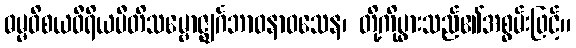
ဓမ္မဝိစယဝီရိယပီတိသမ္ဗောဇ္ဈင်္ဂဘာဝနာဝသေန၊ တို့ကိုပွားသည်၏အစွမ်းဖြင့်။